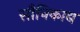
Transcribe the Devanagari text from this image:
सौनिकाद्य